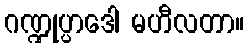
ဂဏ္ဍုပ္ပာဒေါ မဟီလတာ။